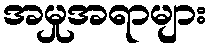
အမှုအရာများ